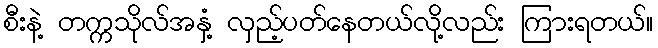
စီးနဲ့ တက္ကသိုလ်အနှံ့ လှည့်ပတ်နေတယ်လို့လည်း ကြားရတယ်။